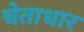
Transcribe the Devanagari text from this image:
चेताधार